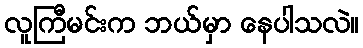
လူကြီမင်းက ဘယ်မှာ နေပါသလဲ။